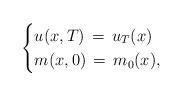
LaTeX: \begin{align*}\begin{cases}u(x,T)\,=\,u_T(x)\\m(x,0)\,=\,m_0(x),\end{cases}\end{align*}